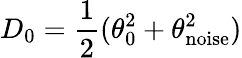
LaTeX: D_{0}=\frac{1}{2}(\theta_{0}^{2}+\theta_{\textrm{noise}}^{2})